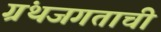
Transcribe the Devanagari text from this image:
ग्रंथजगताची